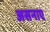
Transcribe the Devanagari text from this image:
असनाए